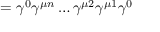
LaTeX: = \gamma ^ { 0 } \gamma ^ { \mu n } \dots \gamma ^ { \mu 2 } \gamma ^ { \mu 1 } \gamma ^ { 0 }